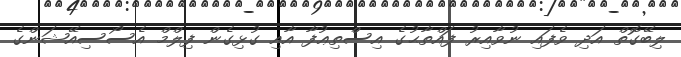
ލިބޭގޮތް އަދި ވެފައި ނުވާއިރު ފައްތާޙުގެ އިސްތިޢުފާ އާއި ގުޅިގެން ފިލްމް އެސޯސިއޭޝަންގެ